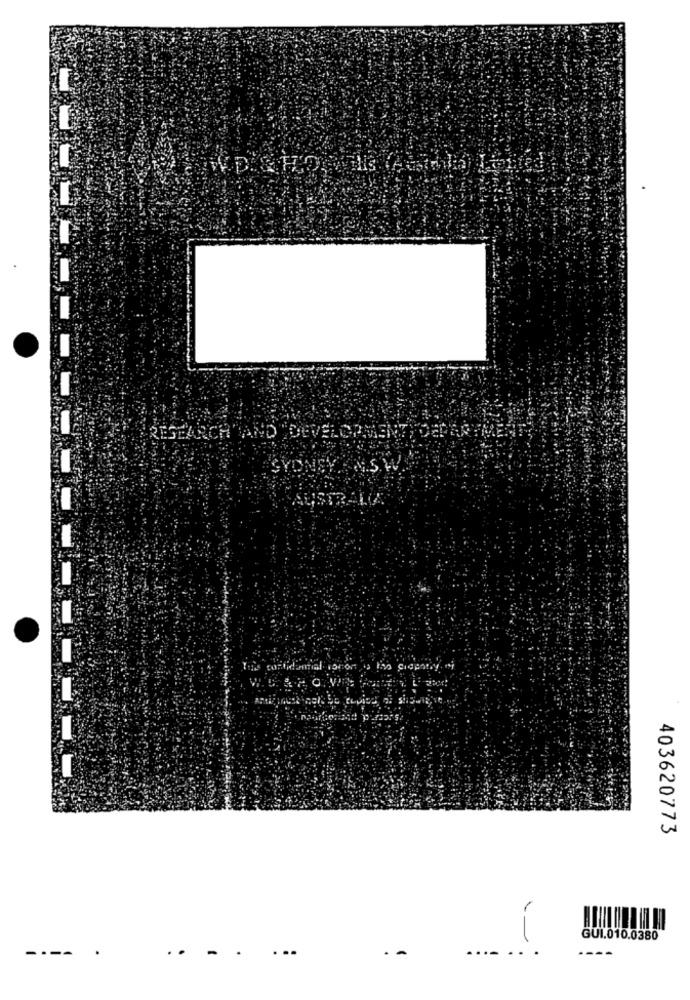
RESEARCH AND
403620773
GUI.010.0380
...
.-
..
----
----